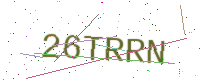
Text: 26TRRN